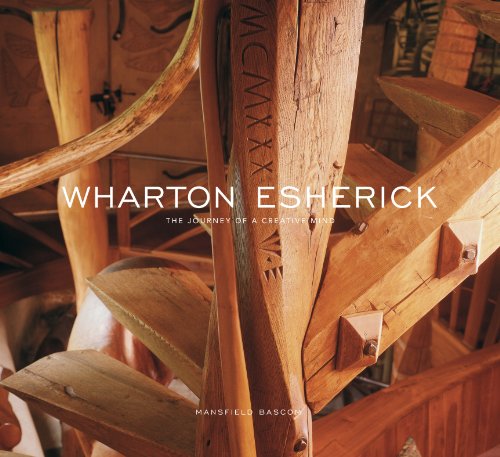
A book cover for Wharton Esherick: The Journey of a Creative Mind; Mansfield Bascom; Arts & Photography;